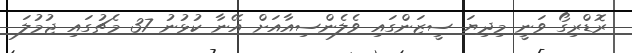
ރޮޑްރިގޯ ވަނީ މިދިޔަ ސީޒަންގައި ވެލެންސިއާއަށް އޭނާ ކުޅުނު 37 މެޗުގައި ޖުމުލަ